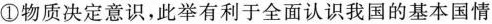
①物质决定意识，此举有利于全面认识我国的基本国情